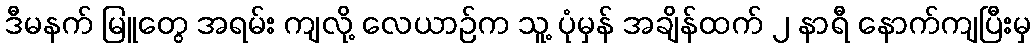
ဒီမနက် မြူတွေ အရမ်း ကျလို့ လေယာဉ်က သူ့ ပုံမှန် အချိန်ထက် ၂ နာရီ နောက်ကျပြီးမှ